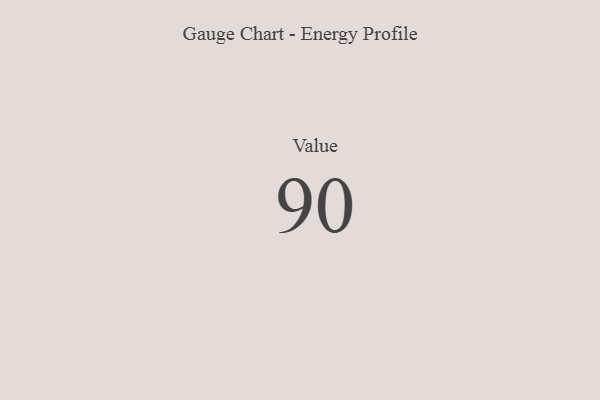
{"axis": {"x": "Metric", "y": "Value"}, "legend": [""], "data": [{"x": "Value", "y": 90, "type": ""}]}